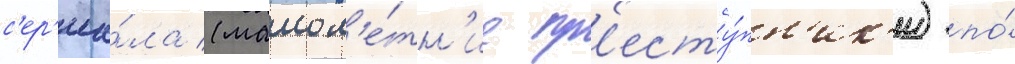
с'ер'иа́ла (малол'е́тн'ие пр'есту́пн'ик'и) по́